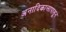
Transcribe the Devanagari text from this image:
अनादिकालापासून